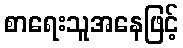
စာရေးသူအနေဖြင့်